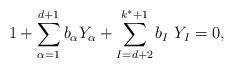
LaTeX: \begin{align*}1+\sum_{\alpha =1}^{d+1}b_{\alpha } Y_{\alpha}+\sum_{I=d+2}^{k^{\ast }+1}b_{I}\ Y_{I}=0,\end{align*}